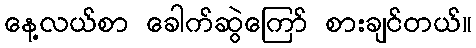
နေ့လယ်စာ ခေါက်ဆွဲကြော် စားချင်တယ်။